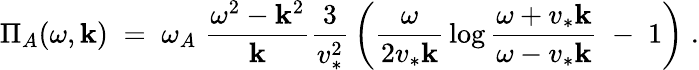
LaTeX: {\Pi_{A}(\omega,\mathbf{k})\; =\; \omega_{A}\; {\frac{{\omega^{2}-\mathbf{k}^{2}}}{{\mathbf{k}}}}{\frac{{3}}{{v_{*}^{2}}}}\left({\frac{{\omega}}{{2v_{*}\mathbf{k}}}}\log{\frac{{\omega+v_{*}\mathbf{k}}}{{\omega-v_{*}\mathbf{k}}}}\; -\; 1\right)\; .}